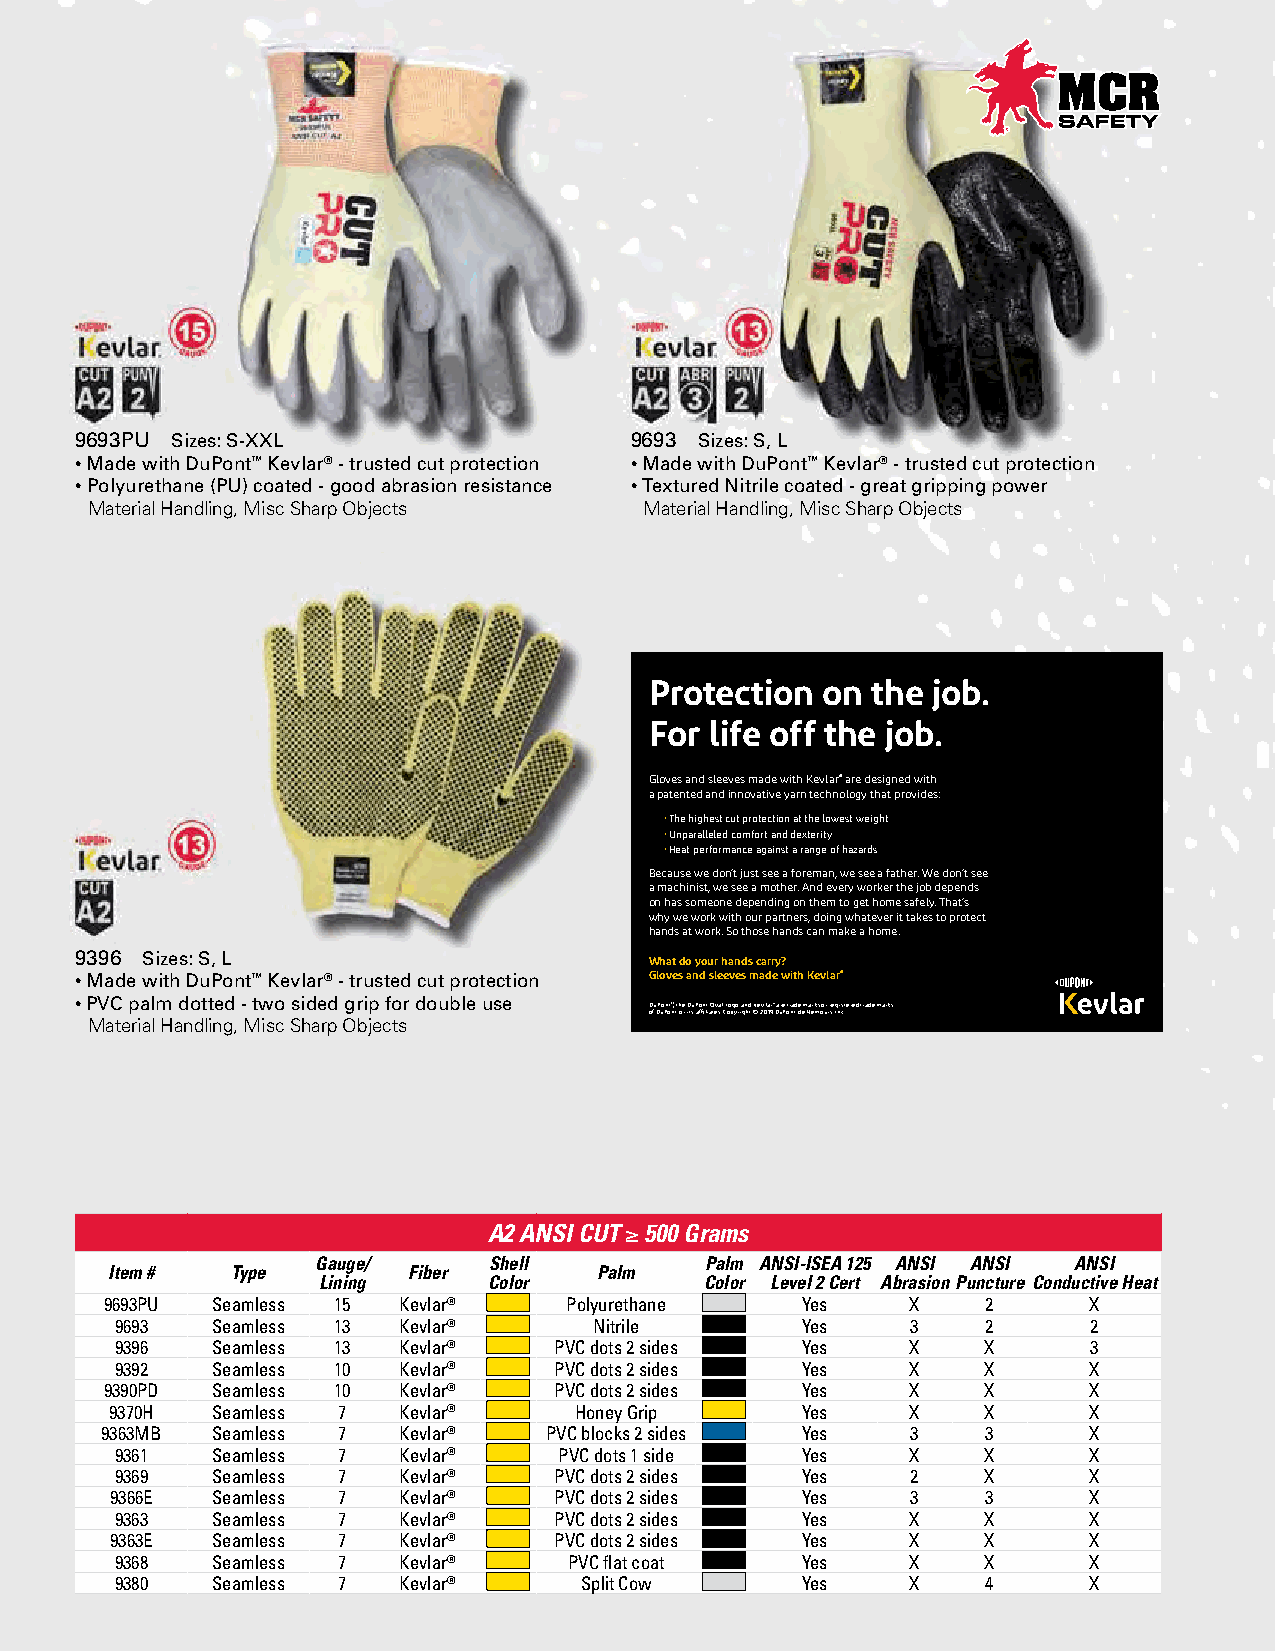
9693PU Sizes: S-XXL                  9693 Sizes: S, L
 • Made with DuPont™ Kevlar® - trusted cut protection • Made with DuPont™ Kevlar® - trusted cut protection
 • Polyurethane (PU) coated - good abrasion resistance • Textured Nitrile coated - great gripping power
 Material Handling, Misc Sharp Objects Material Handling, Misc Sharp Objects
 Protection on  the job.
 For life off the job.
 Gloves and sleeves made with Kevlar® are designed with
 a patented and innovative yarn technology that provides:
 • The highest cut protection at the lowest weight
 • Unparalleled comfort and dexterity
 • Heat performance against a range of hazards
 Because we don’t just see a foreman, we see a father. We don’t see
 a machinist, we see a mother. And every worker the job depends
 on has someone depending on them to get home safely. That’s
 why we work with our partners, doing whatever it takes to protect
 hands at work. So those hands can make a home.
 9396 Sizes: S, L                      What do your hands carry?
 • Made with DuPont™ Kevlar® - trusted cut protection Gloves and sleeves made with Kevlar®
 • PVC palm dotted - two sided grip for double use
 DuPont™, the DuPont Oval Logo and Kevlar® are trademarks or registered trademarks
 of DuPont or its affiliates. Copyright © 2019 DuPont de Nemours Inc.
 Material Handling, Misc Sharp Objects
 A2 ANSI CUT ≥ 500 Grams
 Gauge/     Shell          Palm ANSI-ISEA 125 ANSI ANSI ANSI
 Item #  Type        Fiber        Palm
 Lining     Color          Color Level 2 Cert Abrasion Puncture Conductive Heat
 9693PU Seamless 15 Kevlar®    Polyurethane    Yes    X    2      X
 9693  Seamless 13 Kevlar®      Nitrile       Yes    3    2      2
 9396  Seamless 13 Kevlar®    PVC dots 2 sides Yes   X    X      3
 9392  Seamless 10 Kevlar®    PVC dots 2 sides Yes   X    X      X
 9390PD Seamless 10 Kevlar®    PVC dots 2 sides Yes   X    X      X
 9370H  Seamless 7  Kevlar®     Honey Grip     Yes    X    X      X
 9363MB Seamless 7  Kevlar®   PVC blocks 2 sides Yes  3    3      X
 9361  Seamless 7  Kevlar®    PVC dots 1 side Yes    X    X      X
 9369  Seamless 7  Kevlar®    PVC dots 2 sides Yes   2    X      X
 9366E  Seamless 7  Kevlar®    PVC dots 2 sides Yes   3    3      X
 9363  Seamless 7  Kevlar®    PVC dots 2 sides Yes   X    X      X
 9363E  Seamless 7  Kevlar®    PVC dots 2 sides Yes   X    X      X
 9368  Seamless 7  Kevlar®     PVC flat coat  Yes    X    X      X
 9380  Seamless 7  Kevlar®     Split Cow      Yes    X    4      X